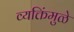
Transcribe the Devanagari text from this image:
व्यक्तिंमुळे